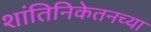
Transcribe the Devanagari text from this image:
शांतिनिकेतनच्या